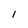
Character: l